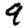
Digit: 9